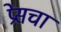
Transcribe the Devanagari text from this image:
प्रेसचा